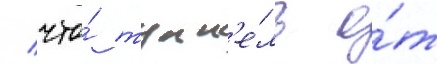
/ что́ тунн'е́ль о́т